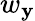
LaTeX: w_{\mathbf{y}}